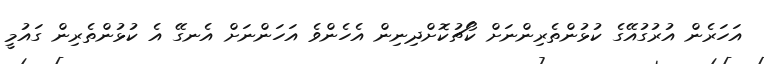
އަހަރެން އުރުގުއޭގެ ކުޅުންތެރިންނަށް ކޯޗުކޮށްދިނިން އެހެންވެ އަހަންނަށް އެނގޭ އެ ކުޅުންތެރިން ގައުމީ